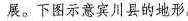
展。下图示它用具的地形。